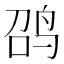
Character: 𲍲